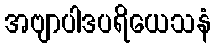
အဗျာပါဒပရိယေသနံ